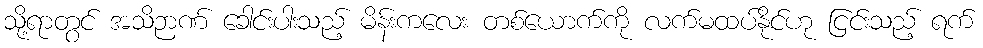
သို့ရာတွင် အသိဉာဏ် ခေါင်းပါးသည့် မိန်းကလေး တစ်ယောက်ကို လက်မထပ်နိုင်ဟု ငြင်းသည့် ရက်